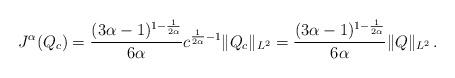
LaTeX: \begin{align*} J^{\alpha}(Q_c)=\frac{(3\alpha-1)^{1-\frac1{2\alpha}}}{6\alpha} c^{\frac1{2\alpha}-1} \|Q_c\|_{L^2}=\frac{(3\alpha-1)^{1-\frac1{2\alpha}}}{6\alpha} \|Q\|_{L^2} \, .\end{align*}